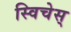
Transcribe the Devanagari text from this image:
स्विचेस्